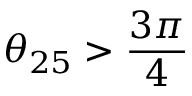
\theta _ { 2 5 } > \frac { 3 \pi } { 4 }